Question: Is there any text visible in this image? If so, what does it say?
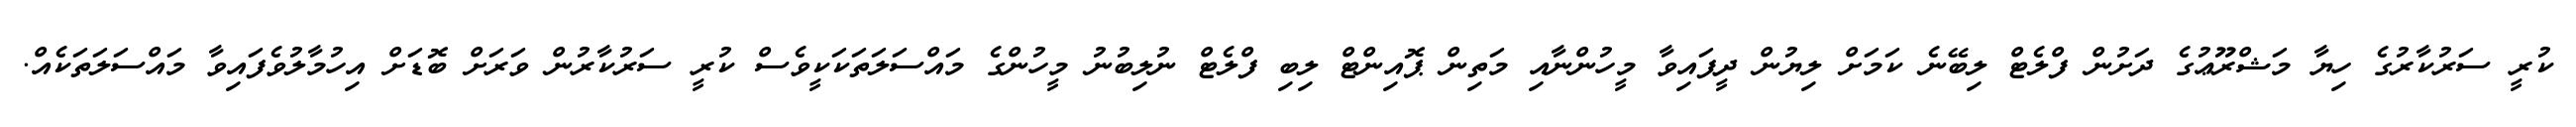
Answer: ކުރީ ސަރުކާރުގެ ހިޔާ މަޝްރޫޢުގެ ދަށުން ފްލެޓް ލިބޭނެ ކަމަށް ލިޔުން ދީފައިވާ މީހުންނާއި މަތިން ޕޮއިންޓް ލިބި ފްލެޓް ނުލިބުނު މީހުންގެ މައްސަލަތަކަކީވެސް ކުރީ ސަރުކާރުން ވަރަށް ބޮޑަށް އިހުމާލުވެފައިވާ މައްސަލަތަކެއް.